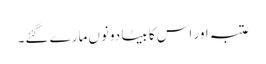
عتبہ اور اس کا بیٹا دونوں مارے گئے۔